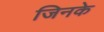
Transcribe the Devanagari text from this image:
जिनके